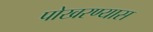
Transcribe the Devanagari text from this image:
पोखरण्यास